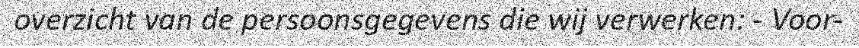
overzicht van de persoonsgegevens die wij verwerken: - Voor-